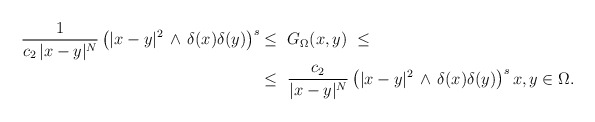
\begin{align*}\frac{1}{c_2\,|x-y|^N}\left(|x-y|^2\,\wedge\,\delta(x)\delta(y)\right)^s&\leq\ G_\Omega(x,y)\ \leq \\&\leq\ \frac{c_2}{|x-y|^N}\left(|x-y|^2\,\wedge\,\delta(x)\delta(y)\right)^sx,y\in\Omega.\end{align*}